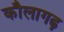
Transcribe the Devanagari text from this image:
कौलागढ़